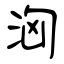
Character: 洶